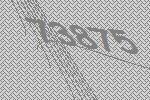
73875